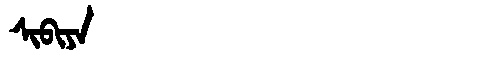
Manchu: ᠰᡳᠪᡳᠶᠠ
Romanization: SIBIYA